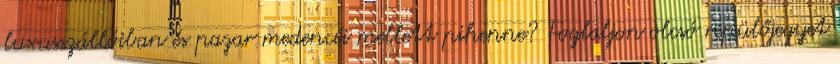
luxusszállóiban és pazar medencéi mellett pihenne? Foglaljon olcsó repülőjegyet